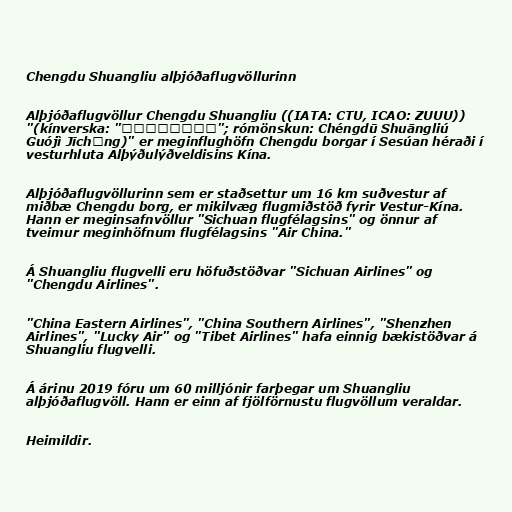
Chengdu Shuangliu alþjóðaflugvöllurinn

Alþjóðaflugvöllur Chengdu Shuangliu ((IATA: CTU, ICAO: ZUUU))
"(kínverska: "成都双流国际机场"; rómönskun: Chéngdū Shuāngliú
Guójì Jīchǎng)" er meginflughöfn Chengdu borgar í Sesúan héraði í
vesturhluta Alþýðulýðveldisins Kína.

Alþjóðaflugvöllurinn sem er staðsettur um 16 km suðvestur af
miðbæ Chengdu borg, er mikilvæg flugmiðstöð fyrir Vestur-Kína.
Hann er meginsafnvöllur "Sichuan flugfélagsins" og önnur af
tveimur meginhöfnum flugfélagsins "Air China."

Á Shuangliu flugvelli eru höfuðstöðvar "Sichuan Airlines" og
"Chengdu Airlines".

"China Eastern Airlines", "China Southern Airlines", "Shenzhen
Airlines", "Lucky Air" og "Tibet Airlines" hafa einnig bækistöðvar á
Shuangliu flugvelli.

Á árinu 2019 fóru um 60 milljónir farþegar um Shuangliu
alþjóðaflugvöll. Hann er einn af fjölförnustu flugvöllum veraldar.

Heimildir.